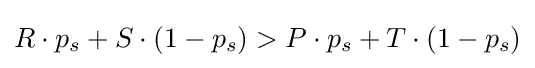
R\cdot p_{s}+S\cdot (1-p_{s})>P\cdot p_{s}+T\cdot (1-p_{s})